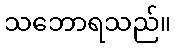
သဘောရသည်။